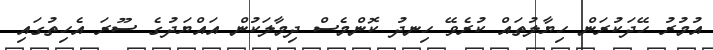
އުމުރު ހޭދަކުރަން ހިޔާލުތައް ކުރެވޭ ހިނދު ކޮންމެސް ދިމާލަކުން އައްޔަދުގެ ސޫރަ އެހިތުގައި